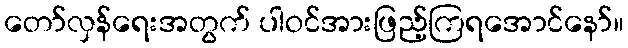
တော်လှန်ရေးအတွက် ပါဝင်အားဖြည့်ကြရအောင်နော်။